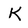
Character: k